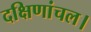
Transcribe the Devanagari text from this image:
दक्षिणांचल।